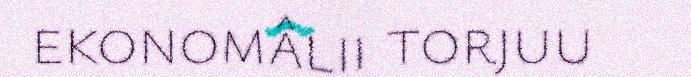
ekonomâlii torjuu